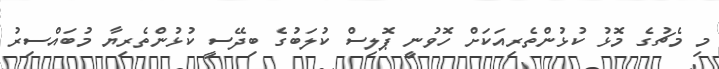
މި މެޗުގެ މޮޅު ކުޅުންތެރިއަކަށް ހޮވުނީ ޕޮލިސް ކުލަބުގެ ބިދޭސީ ކުޅުންތެރިޔާ މުބައްސިރު